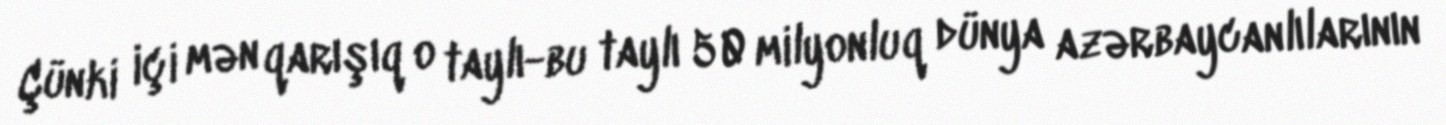
Çünki içi mən qarışıq o taylı-bu taylı 50 milyonluq dünya azərbaycanlılarının